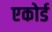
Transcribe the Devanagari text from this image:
एकोर्ड